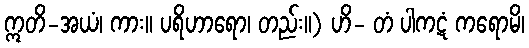
ဣတိ-အယံ၊ ကား။ ပရိဟာရော၊ တည်း။) ဟိ- တံ ပါကဋံ ကရောမိ၊